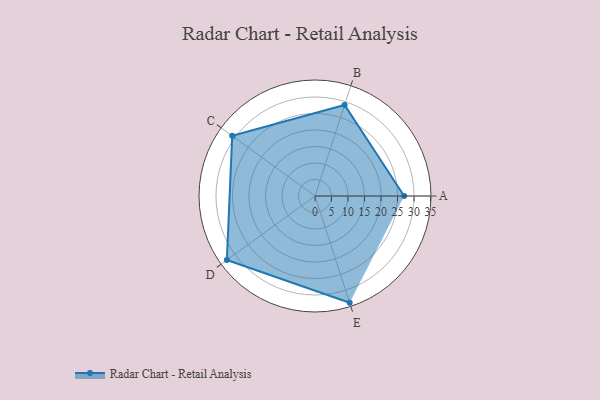
{"axis": {"x": "Skill", "y": "Score"}, "legend": ["Profile"], "data": [{"x": "A", "y": 27.0, "type": "Profile"}, {"x": "B", "y": 29.0, "type": "Profile"}, {"x": "C", "y": 31.0, "type": "Profile"}, {"x": "D", "y": 33.0, "type": "Profile"}, {"x": "E", "y": 34.0, "type": "Profile"}]}